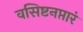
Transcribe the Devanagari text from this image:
वसिष्टनप्तारं